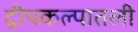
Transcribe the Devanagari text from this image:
द्वीपकल्पातली